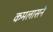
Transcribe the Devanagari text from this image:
कमलासने